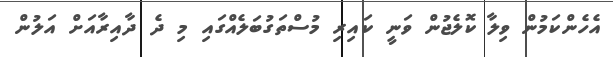
އެހެންކަމުން ވިލާ ކޮލެޖުން ވަނީ ކައިރި މުސްތަގުބަލެއްގައި މި ދެ ދާއިރާއަށް އަލުން